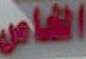
الخاص